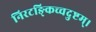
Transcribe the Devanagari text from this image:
निरटङ्किच्चदुष्टम्।